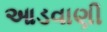
આડવાણી